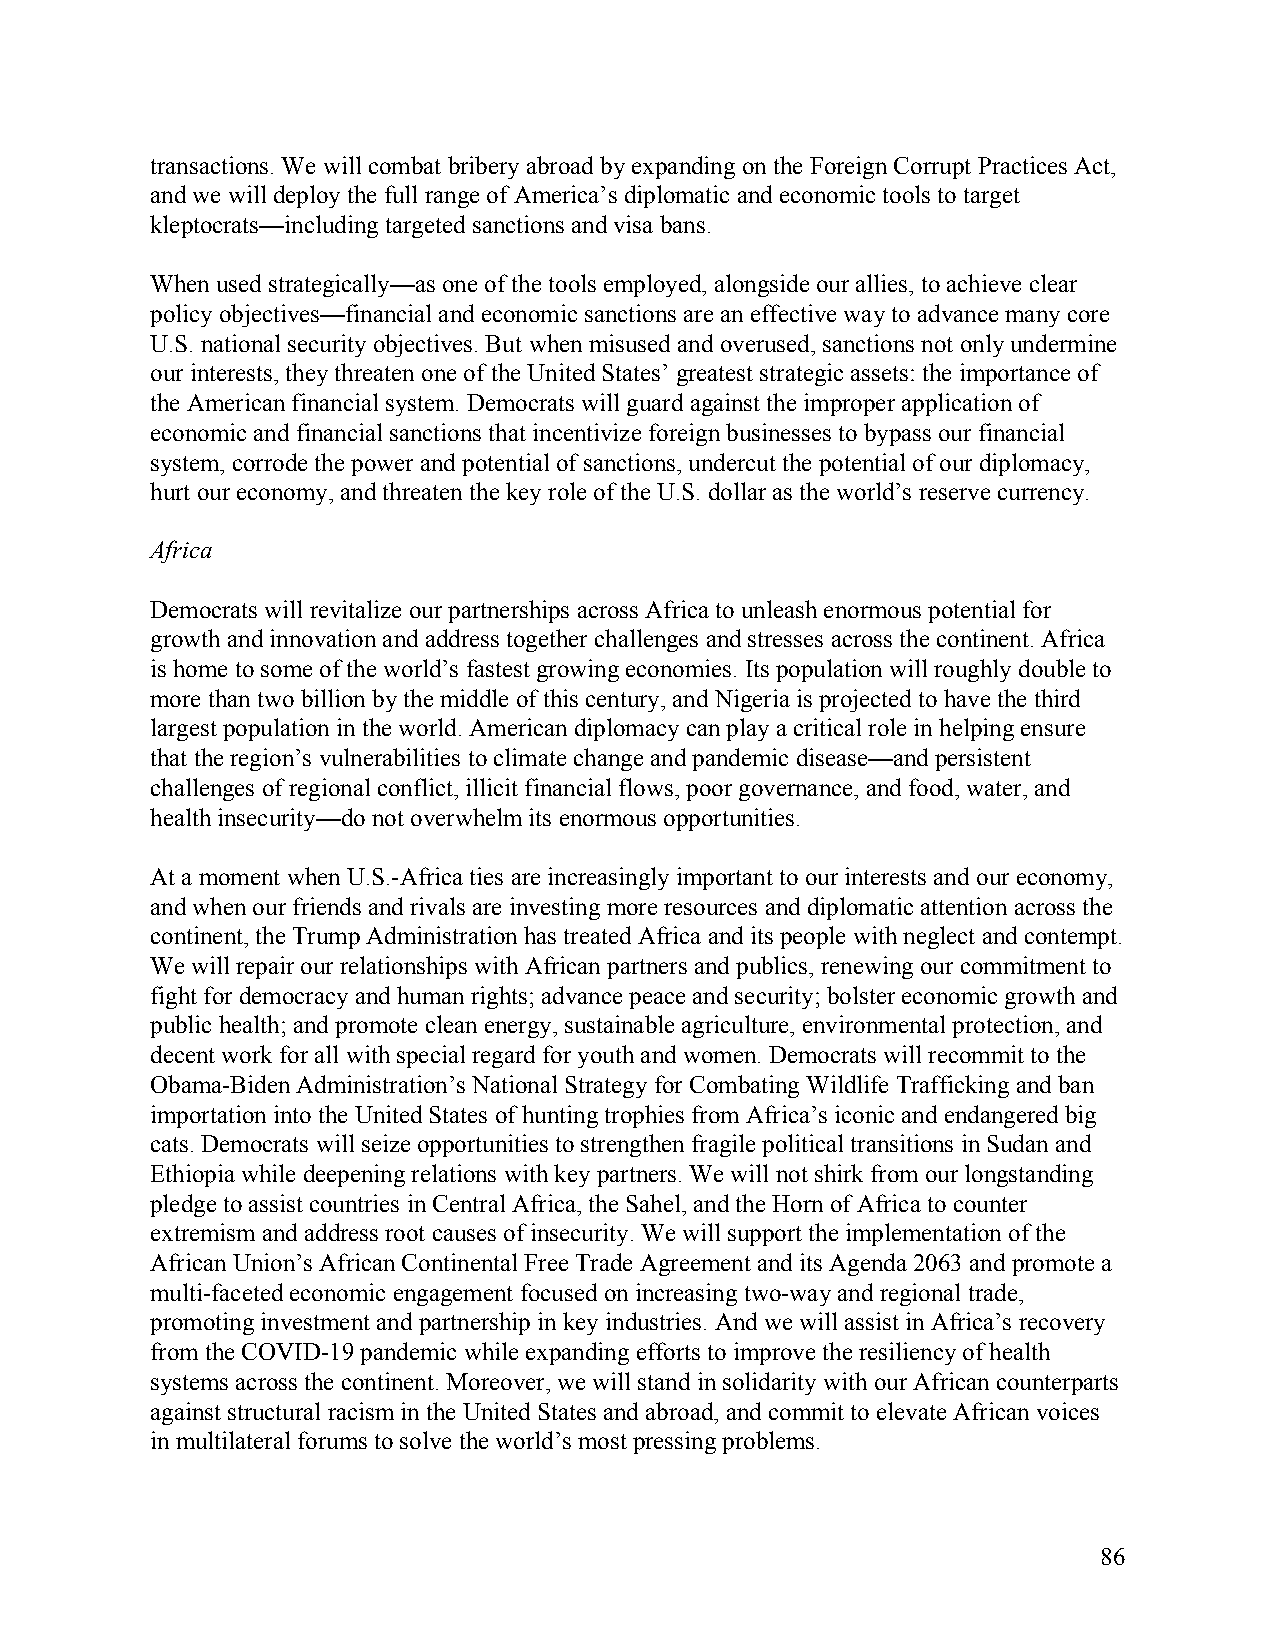
transactions. We will combat bribery abroad by expanding on the Foreign Corrupt Practices Act,
 and we will deploy the full range of America’s diplomatic and economic tools to target
 kleptocrats—including targeted sanctions and visa bans.
 When used strategically—as one of the tools employed, alongside our allies, to achieve clear
 policy objectives—financial and economic sanctions are an effective way to advance many core
 U.S. national security objectives. But when misused and overused, sanctions not only undermine
 our interests, they threaten one of the United States’ greatest strategic assets: the importance of
 the American financial system. Democrats will guard against the improper application of
 economic and financial sanctions that incentivize foreign businesses to bypass our financial
 system, corrode the power and potential of sanctions, undercut the potential of our diplomacy,
 hurt our economy, and threaten the key role of the U.S. dollar as the world’s reserve currency.
 Africa
 Democrats will revitalize our partnerships across Africa to unleash enormous potential for
 growth and innovation and address together challenges and stresses across the continent. Africa
 is home to some of the world’s fastest growing economies. Its population will roughly double to
 more than two billion by the middle of this century, and Nigeria is projected to have the third
 largest population in the world. American diplomacy can play a critical role in helping ensure
 that the region’s vulnerabilities to climate change and pandemic disease—and persistent
 challenges of regional conflict, illicit financial flows, poor governance, and food, water, and
 health insecurity—do not overwhelm its enormous opportunities.
 At a moment when U.S.-Africa ties are increasingly important to our interests and our economy,
 and when our friends and rivals are investing more resources and diplomatic attention across the
 continent, the Trump Administration has treated Africa and its people with neglect and contempt.
 We will repair our relationships with African partners and publics, renewing our commitment to
 fight for democracy and human rights; advance peace and security; bolster economic growth and
 public health; and promote clean energy, sustainable agriculture, environmental protection, and
 decent work for all with special regard for youth and women. Democrats will recommit to the
 Obama-Biden Administration’s National Strategy for Combating Wildlife Trafficking and ban
 importation into the United States of hunting trophies from Africa’s iconic and endangered big
 cats. Democrats will seize opportunities to strengthen fragile political transitions in Sudan and
 Ethiopia while deepening relations with key partners. We will not shirk from our longstanding
 pledge to assist countries in Central Africa, the Sahel, and the Horn of Africa to counter
 extremism and address root causes of insecurity. We will support the implementation of the
 African Union’s African Continental Free Trade Agreement and its Agenda 2063 and promote a
 multi-faceted economic engagement focused on increasing two-way and regional trade,
 promoting investment and partnership in key industries. And we will assist in Africa’s recovery
 from the COVID-19 pandemic while expanding efforts to improve the resiliency of health
 systems across the continent. Moreover, we will stand in solidarity with our African counterparts
 against structural racism in the United States and abroad, and commit to elevate African voices
 in multilateral forums to solve the world’s most pressing problems.
 86